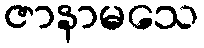
ဇာနာမသေ